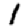
Digit: 1